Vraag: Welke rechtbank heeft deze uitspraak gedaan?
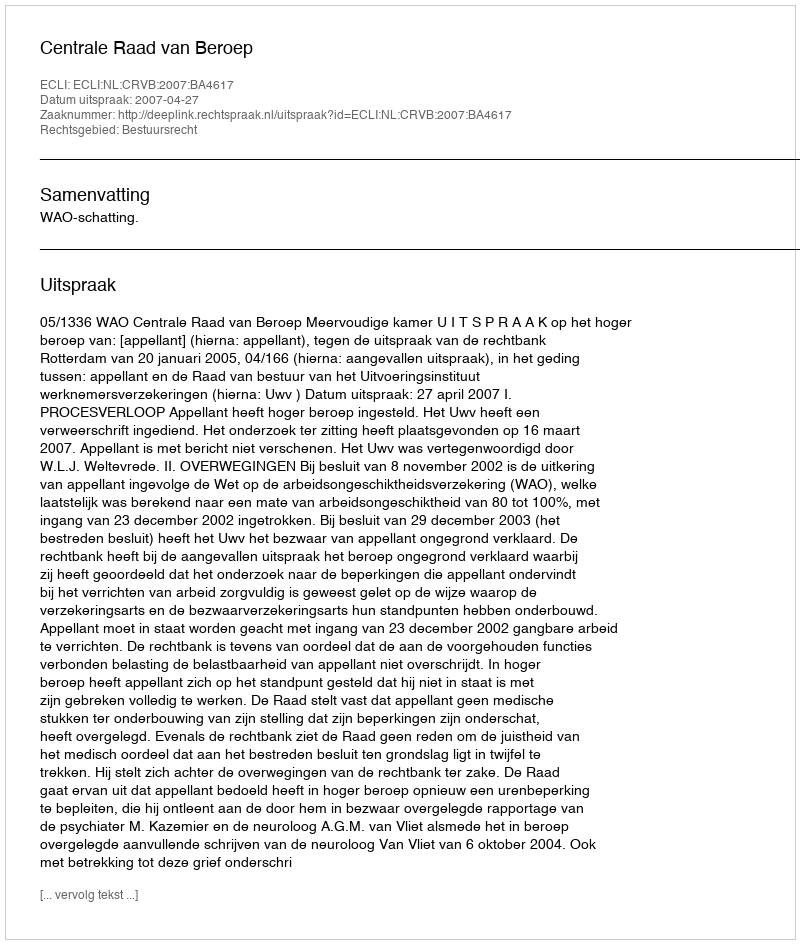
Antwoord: Centrale Raad van Beroep